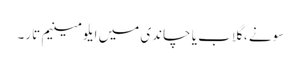
سونے ، گلاب یا چاندی میں ایلومینیم تار۔